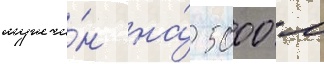
мужчи́н на́ 5000 м